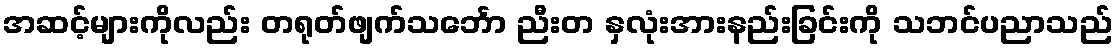
အဆင့်များကိုလည်း တရုတ်ဖျက်သင်္ဘော ညီးတ နှလုံးအားနည်းခြင်းကို သဘင်ပညာသည်